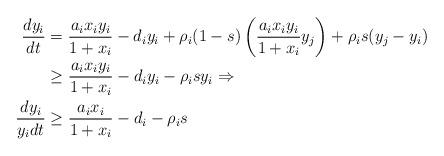
LaTeX: \begin{align*}\frac{dy_i}{dt} & = \frac{a_i x_i y_i}{1 + x_i} -d_i y_i+\rho_i(1-s)\left(\frac{a_ix_iy_i}{1+x_i}y_j\right)+ \rho_is( y_j-y_i)\\&\geq \frac{a_ix_iy_i}{1+x_i}-d_iy_i-\rho_isy_i \Rightarrow \\\frac{dy_i}{y_idt} &\geq \frac{a_ix_i}{1+x_i}-d_i-\rho_is\\\end{align*}